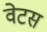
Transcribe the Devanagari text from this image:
वेटस